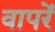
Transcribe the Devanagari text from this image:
वापरें